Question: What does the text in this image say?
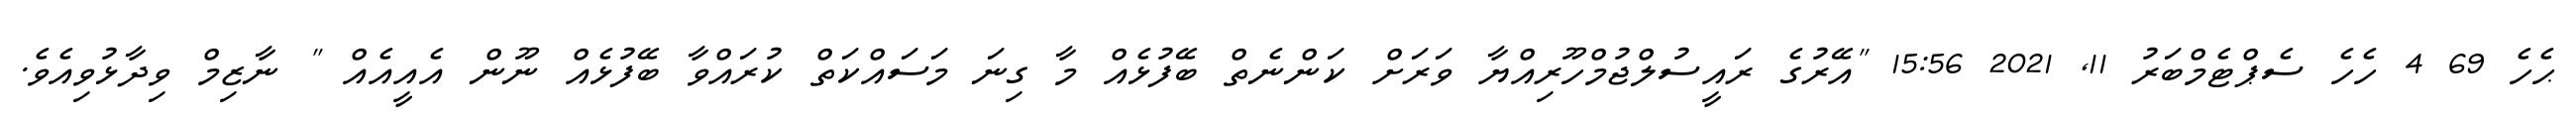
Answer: ޙެހެ 69 4 ހެހެ ސެޕްޓެމްބަރު 11, 2021 15:56 "އޭރުގެ ރައީސުލްޖުމްހޫރިއްޔާ ވަރަށް ކަންނެތް ބޭފުޅެއް މާ ގިނަ މަސައްކަތް ކުރައްވާ ބޭފުޅެއް ނޫން އެއީއެއް " ނާޒިމް ވިދާޅުވިއެވެ.